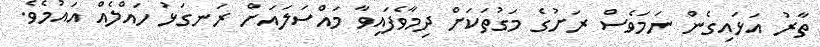
ތާރު އަޅައިގެން ނަމަވެސް ރަށުގެ މަގުތަކަށް ދިމާވެފައިވާ މައްސަލައަށް ރަނގަޅު ހައްލެއް އައުމެވެ.